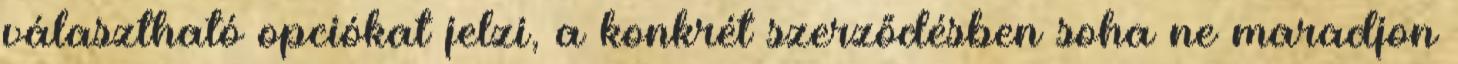
választható opciókat jelzi, a konkrét szerződésben soha ne maradjon